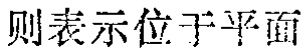
则表示位于平面